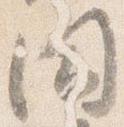
同